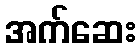
အက်ဆေး